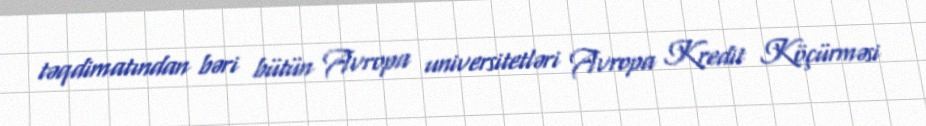
təqdimatından bəri bütün Avropa universitetləri Avropa Kredit Köçürməsi